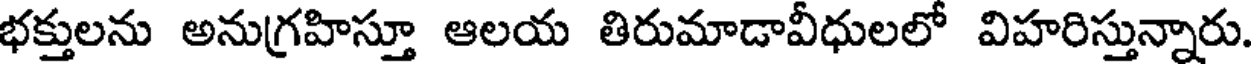
భక్తులను అనుగ్రహిస్తూ ఆలయ తిరుమాడావీధులలో విహరిస్తున్నారు.